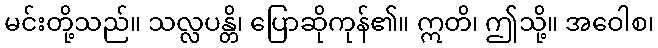
မင်းတို့သည်။ သလ္လပန္တိ၊ ပြောဆိုကုန်၏။ ဣတိ၊ ဤသို့။ အဝေါစ၊